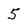
Character: 5